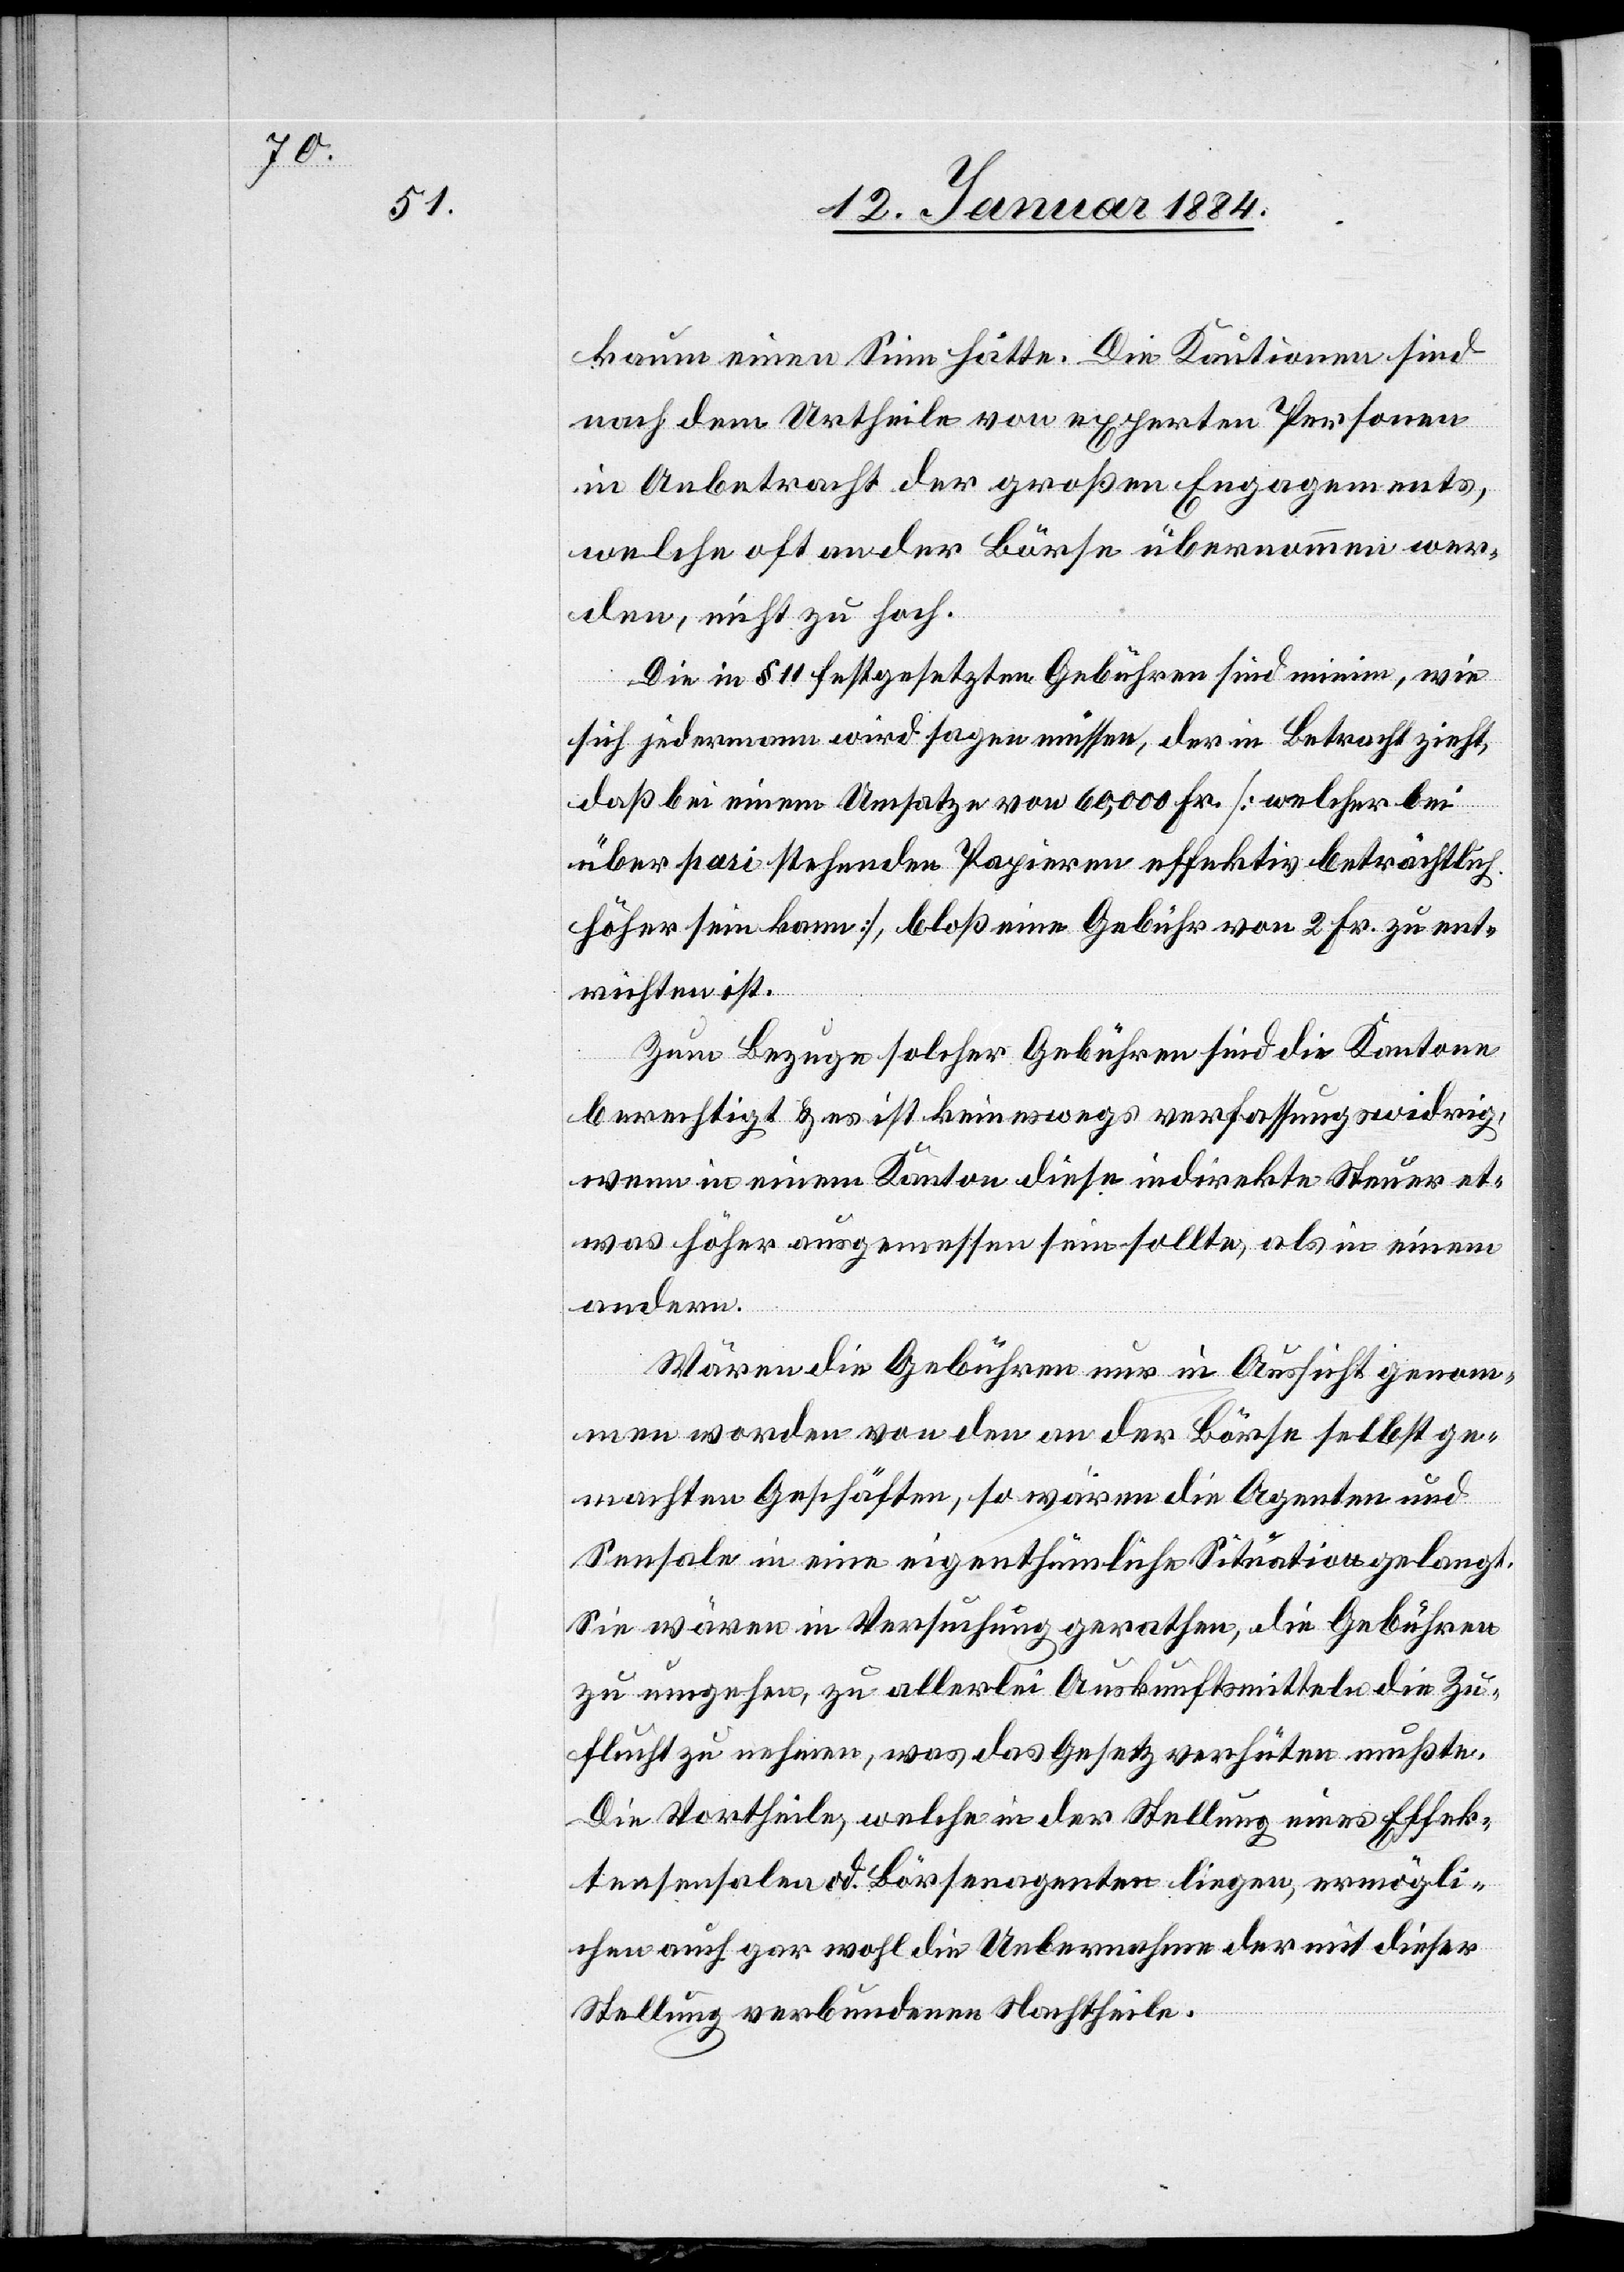
kaum einen Sinn hätte. Die Kautionen sind
nach dem Urtheile von experten Personen
in Anbetracht der großen Engagements,
welche oft an der Börse übernommen wer¬
den, nicht zu hoch.
Die in § 11 festgesetzten Gebühren sind minim, wie
sich jedermann wird sagen müssen, der in Betracht zieht,
daß bei einem Umsatze von 60,000 Fr. [welcher bei
über Pasi stehenden Papieren effektiv beträchtlich
höher sein kann], bloß eine Gebühr von 2 Fr. zu ent¬
richten ist.
Zum Bezuge solcher Gebühren sind die Kantone
berechtigt & es ist keineswegs verfassungswidrig,
wenn in einem Kanton diese indirekte Steuer et¬
was höher ausgemessen sein sollte, als in einem
andern.
Wären die Gebühren nur in Aussicht genom¬
men worden von den an der Börse selbst ge¬
machten Geschäften, so wären die Agenten und
Sensale in eine eigenthümliche Situation gelangt.
Sie wären in Versuchung gerathen, die Gebühren
zu umgehen, zu allerlei Auskunftsmitteln die Zu¬
flucht zu nehmen, was das Gesetz verhüten müßte.
Die Vortheile, welche in der Stellung eines Effek¬
tensenalen od. Börsenagenten liegen, ermögli¬
che auch gar wohl die Uebernahme der mit dieser
Stellung verbundenen Nachtheile.